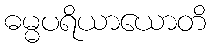
ဓမ္မပရိယာယောတိ